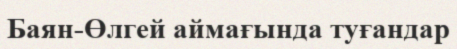
Баян-Өлгей аймағында туғандар